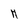
Character: H